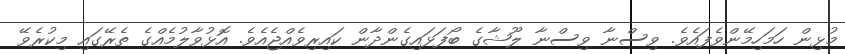
މުޅިން ހަމަހިމޭންވެފައެވެ. ވިސްނާ ވިސްނާ ލޫޝާގެ ބޯފަޅައިގެންދާން ކައިރިވެއްޖެއެވެ. އޮޅުވާލުމެއްގެ ތެރޭގައި މިކުރެވޭ